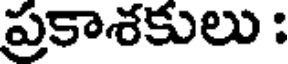
ప్రకాశకులు :